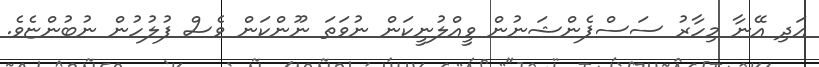
އަދި އޭނާ މިހާރު ސަސްޕެންޝަނުން ވީއްލުނީކަން ނުވަތަ ނޫންކަން ވެސް ފުލުހުން ނުބުންޏެވެ.